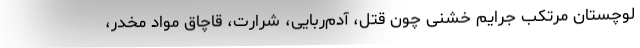
لوچستان مرتکب جرایم خشنی چون قتل، آدم‌ربایی، شرارت، قاچاق مواد مخدر،